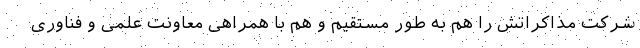
شرکت مذاکراتش را هم به طور مستقیم و هم با همراهی معاونت علمی و فناوری